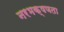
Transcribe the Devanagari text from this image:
नरभक्षणता